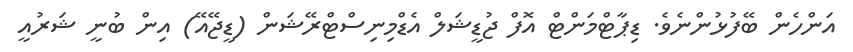
އަންހެން ބޭފުޅުންނެވެ. ޑިޕާޓްމަންޓް އޮފް ޖުޑީޝަލް އެޑްމިނިސްޓްރޭޝަން (ޑީޖޭއޭ) އިން ބުނީ ޝަރުއީ